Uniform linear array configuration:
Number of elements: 64
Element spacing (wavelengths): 0.5
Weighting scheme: binomial
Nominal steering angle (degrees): -15
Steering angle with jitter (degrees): -16.548
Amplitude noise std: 0.05
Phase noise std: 0.05

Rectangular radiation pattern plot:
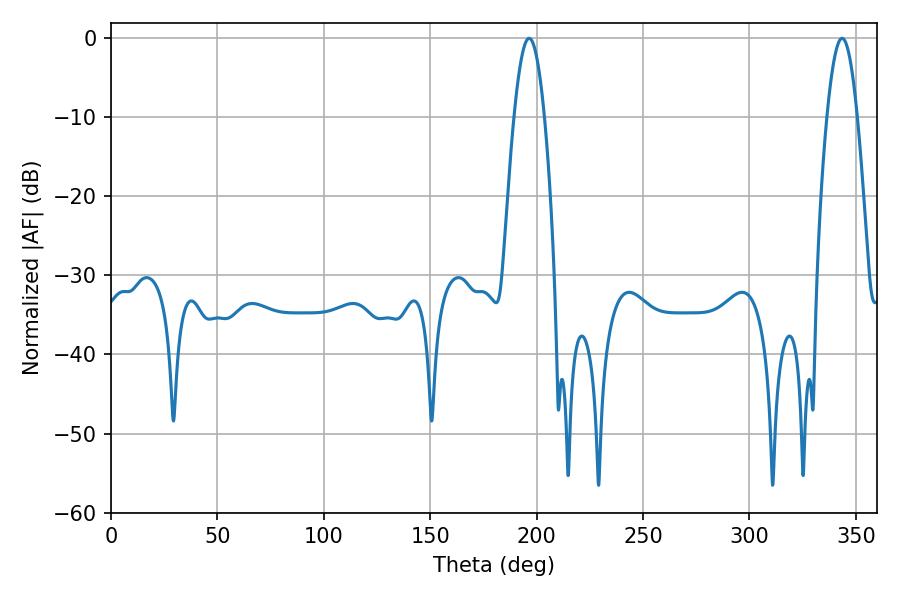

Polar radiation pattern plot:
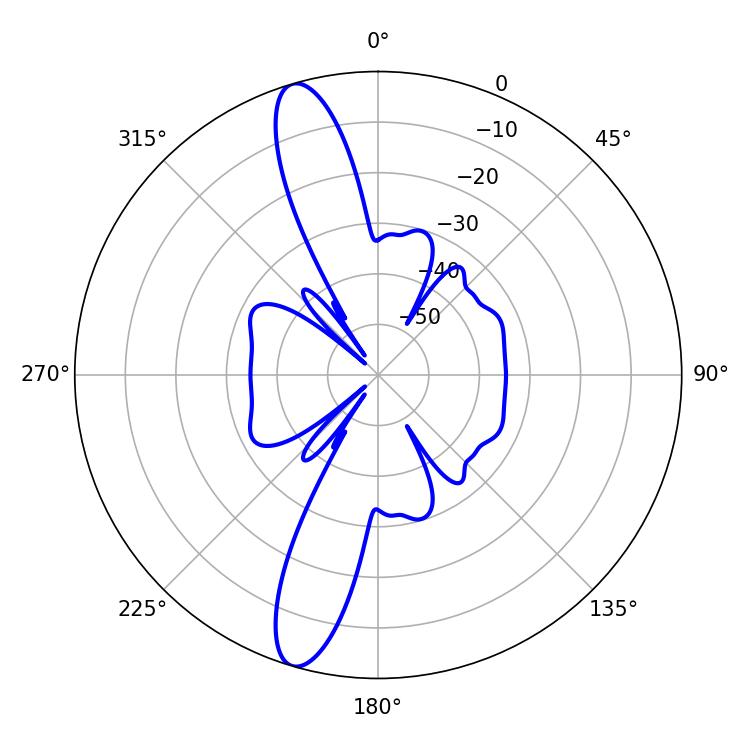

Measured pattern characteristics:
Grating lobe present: FALSE
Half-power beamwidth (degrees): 7.74
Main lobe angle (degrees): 343.62